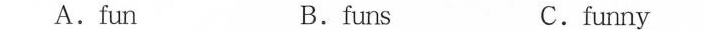
A.fun B.funs C.funny